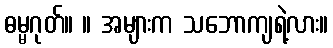
ဓမ္မဂုတ်။ ။ အများက သဘောကျရဲ့လား။